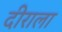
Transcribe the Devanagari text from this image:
दीराला